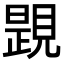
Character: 𧡰